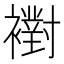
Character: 襨